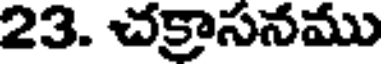
23. చక్రాసనము